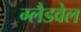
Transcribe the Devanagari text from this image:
ग्लैडवेल